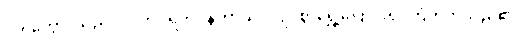
ဝိတက္ကော၊ သည်။ လဟုပရိကပ္ပနတာယ၊ လျင်စွာရွှေ့ပြောင်း၍ ကြံတတ်သည်၏